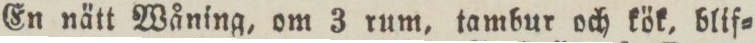
En nätt Wåning, om 3 rum, tambur och kök, blif=